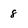
Character: 8